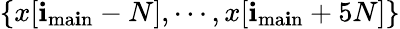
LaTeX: \{ x[\mathbf{i}_{\mathrm{{ma\mathbf{i}n}}}-N],\cdots,x[\mathbf{i}_{\mathrm{{ma\mathbf{i}n}}}+5N]\}